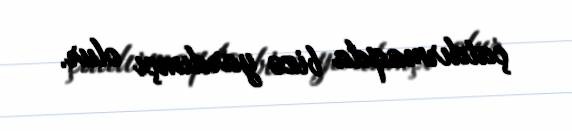
çatdırmaqda bizə yardımçı olur.